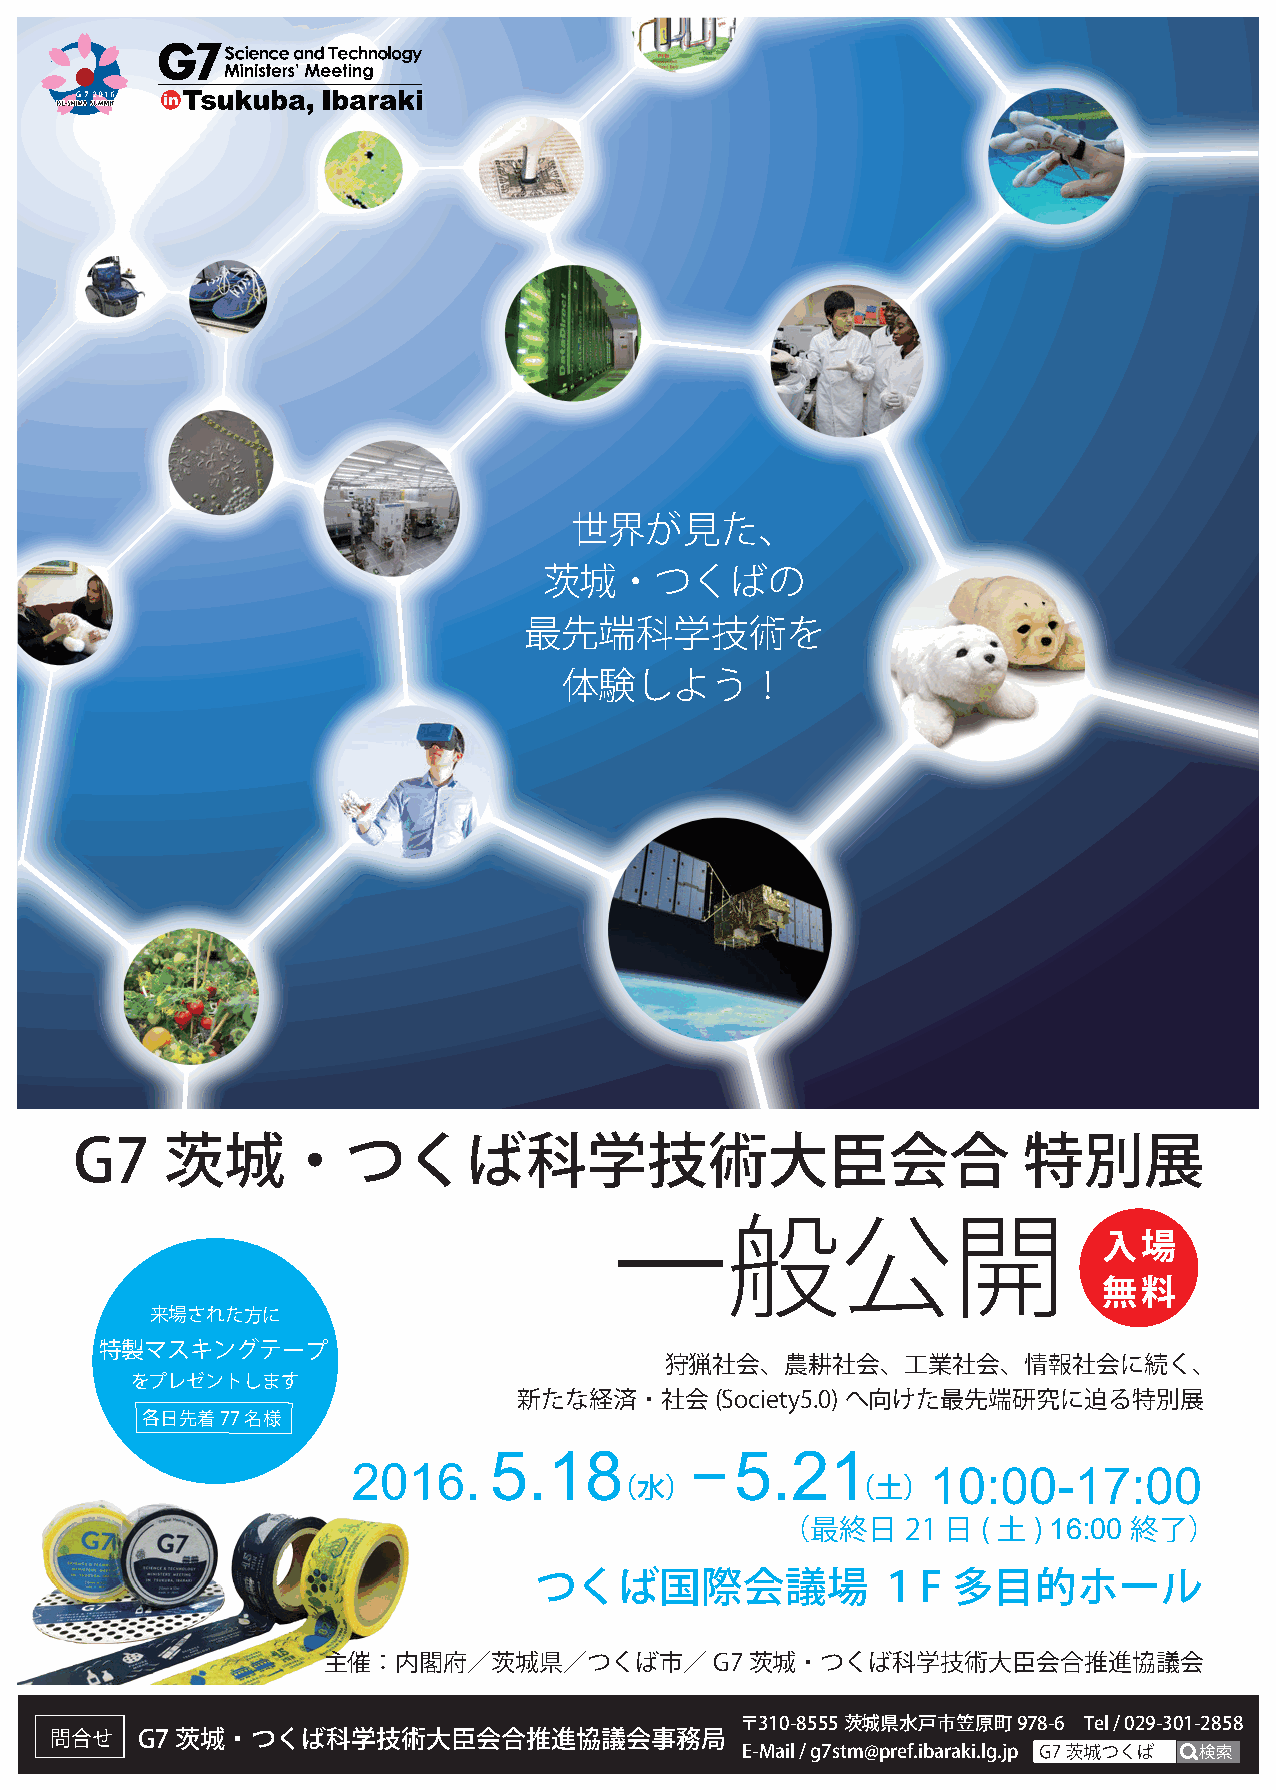
世界が見た、
 茨城・つくばの
 最先端科学技術を
 体験しよう！
 G7    茨城・つくば科学技術大臣会合                                           特別展
 一般公開
 入場
 無料
 来場された方に
 特製マスキングテープ
 狩猟社会、農耕社会、工業社会、情報社会に続く、
 をプレゼントします
 新たな経済・社会(Society5.0)へ向けた最先端研究に迫る特別展
 各日先着77名様
 5.18             5.21
 2016.                  ー               10:00-17:00
 （水）             （土）
 （最終日    21 日 ( 土) 16:00 終了）
 つくば国際会議場               １F   多目的ホール
 主催：内閣府／茨城県／つくば市／G7茨城・つくば科学技術大臣会合推進協議会
 〒310-8555茨城県水戸市笠原町978-6 Tel / 029-301-2858
 問合せ   G7茨城・つくば科学技術大臣会合推進協議会事務局
 E-Mail / g7stm@pref.ibaraki.lg.jp 検索